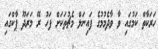
ހަރަކާތް ކަމުގައި ވާ ވާދެމުމުގެ ފައިނަލް މެޗުތަކަށް ފަހު ރޭ މަރަދޫ ޕާކްގައި